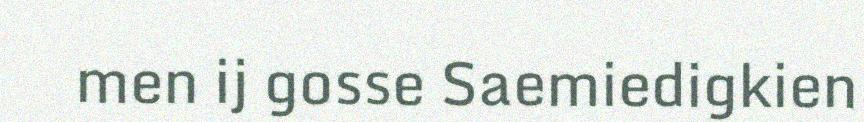
men ij gosse Saemiedigkien